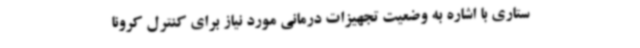
ستاری با اشاره به وضعیت تجهیزات درمانی مورد نیاز برای کنترل کرونا